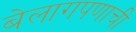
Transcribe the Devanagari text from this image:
बेलागपणाची